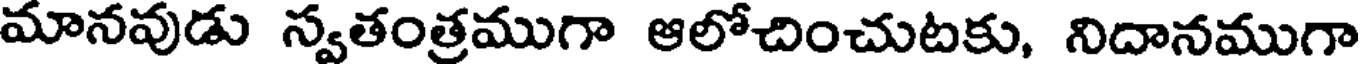
మానవుడు స్వతంత్రముగా ఆలోచించుటకు, నిదానముగా